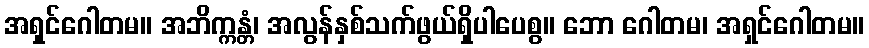
အရှင်ဂေါတမ။ အဘိက္ကန္တံ၊ အလွန်နှစ်သက်ဖွယ်ရှိပါပေစွ။ ဘော ဂေါတမ၊ အရှင်ဂေါတမ။